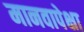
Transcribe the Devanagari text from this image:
मानवापेक्षा